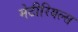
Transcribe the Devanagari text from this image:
मेटीरियल्स